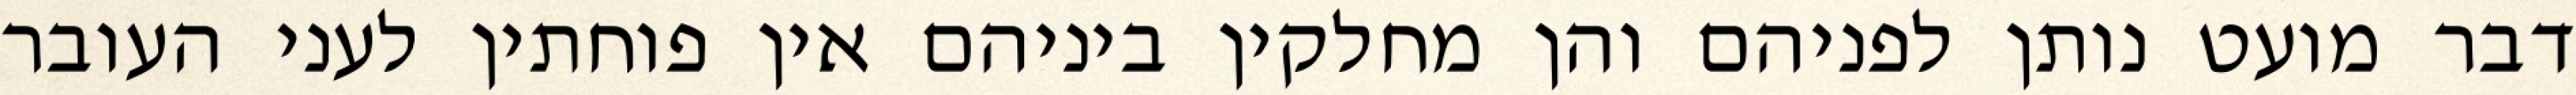
דבר מועט נותן לפניהם והן מחלקין ביניהם אין פוחתין לעני העובר